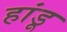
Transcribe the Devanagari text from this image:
हांडू